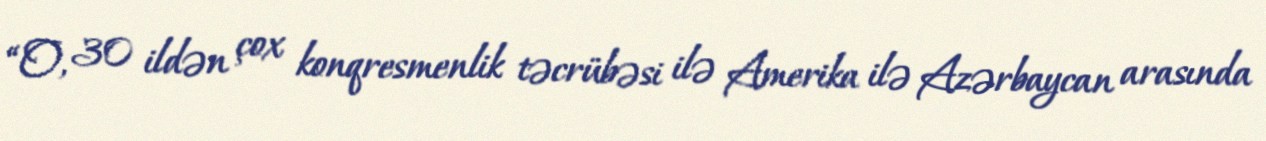
“O, 30 ildən çox konqresmenlik təcrübəsi ilə Amerika ilə Azərbaycan arasında